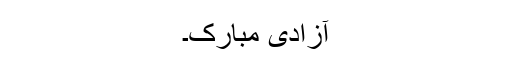
آزادی مبارک۔